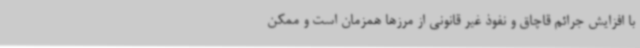
با افزایش جرائم قاچاق و نفوذ غیر قانونی از مرزها همزمان است و ممکن